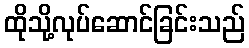
ထိုသို့လုပ်ဆောင်ခြင်းသည်